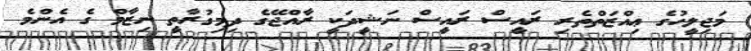
މަޖިލީހުގެ ޢިއްޒަތްތެރި ރައީސް ރައީސް ނަޝީދަކީ ރާއްޖޭގެ ދިމިގުރާތީ ނިޒާމް ގެ އެންމެ